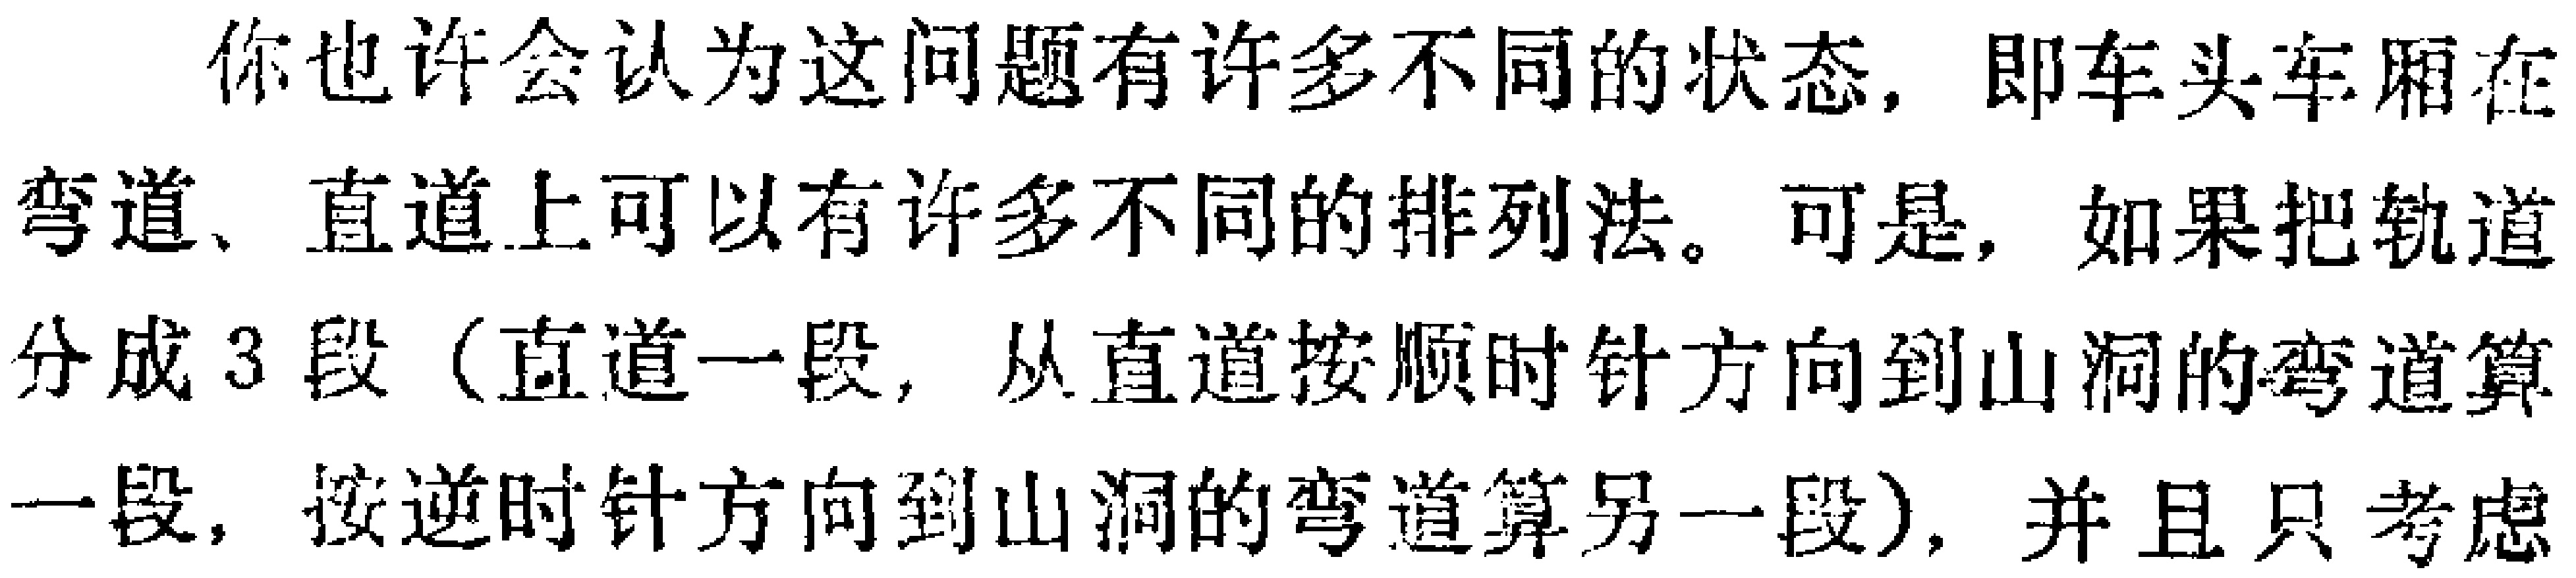
你也许会认为这问题有许多不同的状态，即车头车厢在弯道、直道上可以有许多不同的排列法。可是，如果把轨道分成3段（直道一段，从直道按顺时针方向到山洞的弯道算一段，按逆时针方向到山洞的弯道算另一段），并且只考虑